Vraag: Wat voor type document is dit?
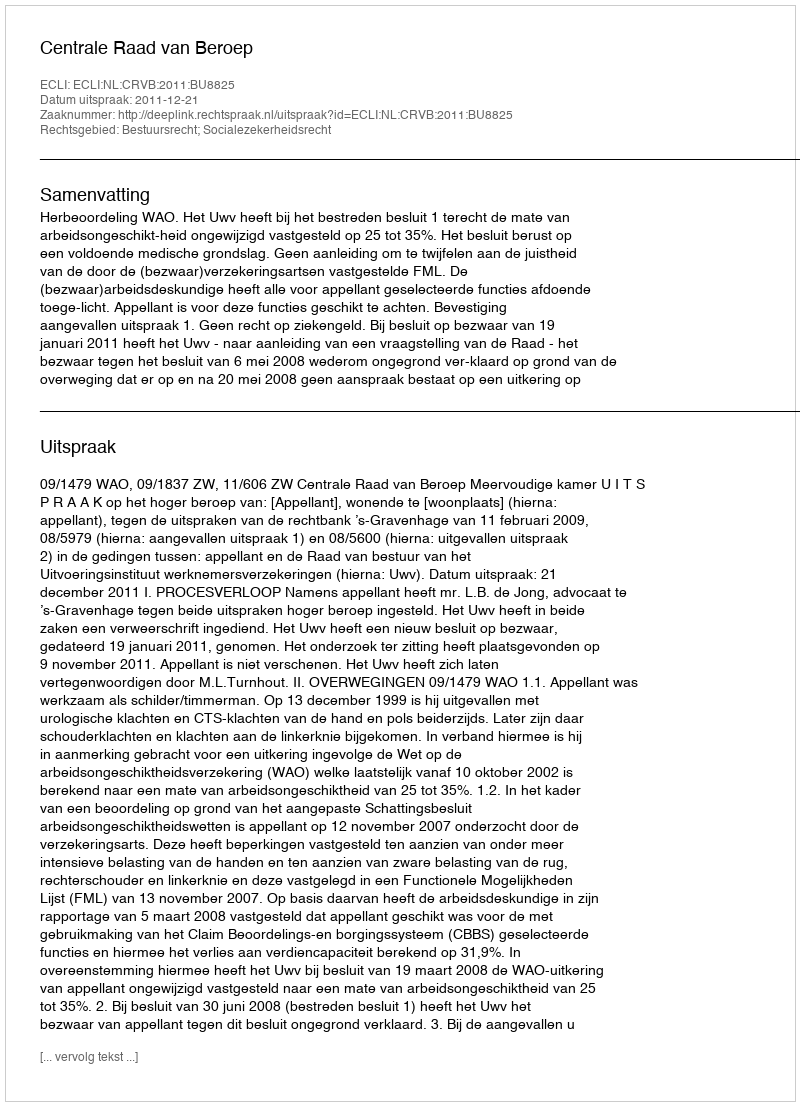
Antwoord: Uitspraak